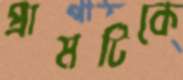
প্রামটিকে